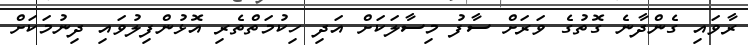
ރާވައި ގެންދާނެ ގޮތުގެ ވަރަށް ސާފު މިސާލަކަށް އަދި ހިކުމަތްތެރި އޮޅުންފިލުވައި ދިނުމަކަށް